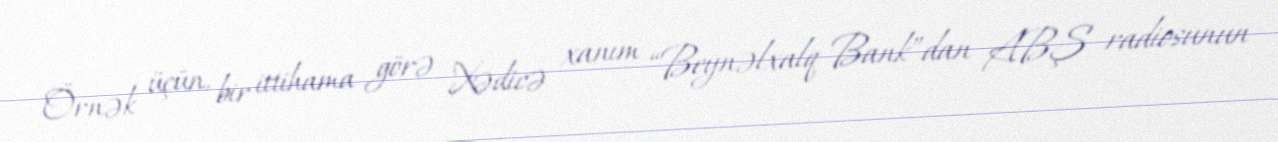
Örnək üçün, bir ittihama görə Xədicə xanım “Beynəlxalq Bank”dan ABŞ radiosunun